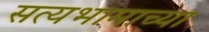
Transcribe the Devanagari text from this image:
सत्यभामाच्या